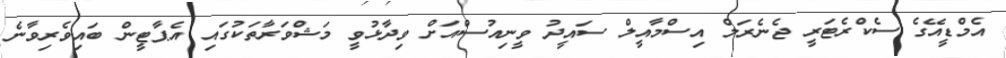
އެމްޑީއޭގެ ސެކްރެޓަރީ ޖެނެރަލް އިސްމާއީލް ސައީދު ވީނިއުސްއަށް ވިދާޅުވީ މަޝްވަރާތަކުގައި އެޕާޓީން ބައިވެރިވާނެ